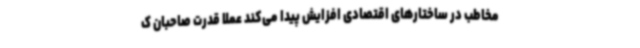
مخاطب در ساختارهای اقتصادی افزایش پیدا می‌کند عملاً قدرت صاحبان ک